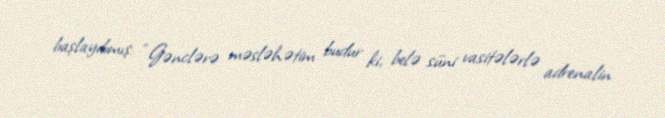
başlayıbmış: “Gənclərə məsləhətim budur ki, belə süni vasitələrlə adrenalin